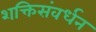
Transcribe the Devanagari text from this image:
शक्तिसंवर्धन